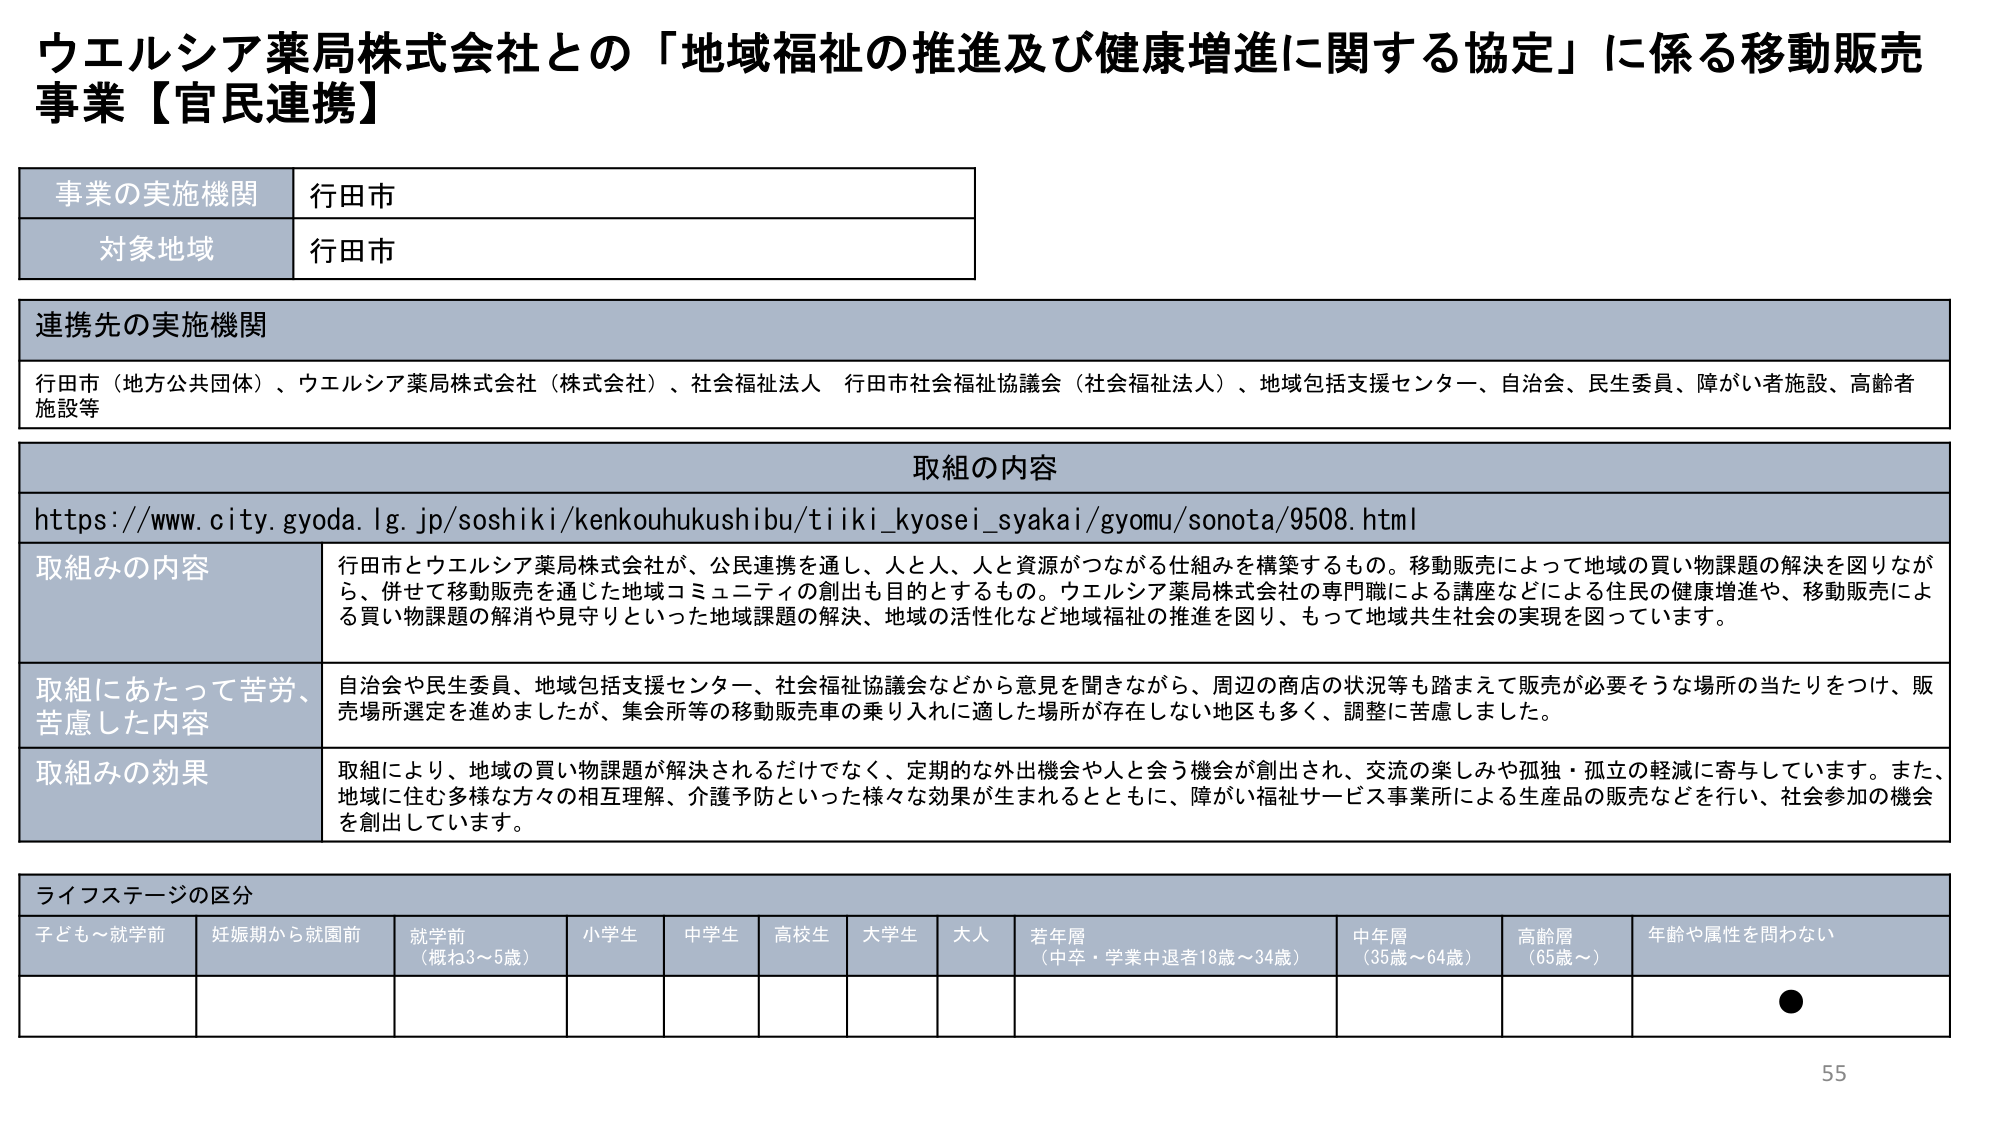
ウエルシア薬局株式会社との「地域福祉の推進及び健康増進に関する協定」に係る移動販売事業【官民連携】

事業の実施機関 行田市
対象地域 行田市

連携先の実施機関
行田市（地方公共団体）、ウエルシア薬局株式会社（株式会社）、社会福祉法人 行田市社会福祉協議会（社会福祉法人）、地域包括支援センター、自治会、民生委員、障がい者施設、高齢者施設等

取組の内容
https://www.city.gyoda.lg.jp/soshiki/kenkouhukushibu/tiiki_kyosei_syakai/gyomu/sonota/9508.html

取組みの内容
行田市とウエルシア薬局株式会社が、公民連携を通し、人と人、人と資源がつながる仕組みを構築するもの。移動販売によって地域の買い物課題の解決を図りながら、併せて移動販売を通じた地域コミュニティの創出も目的とするもの。ウエルシア薬局株式会社の専門職による講座などによる住民の健康増進や、移動販売による買い物課題の解消や見守りといった地域課題の解決、地域の活性化など地域福祉の推進を図り、もって地域共生社会の実現を図っています。

取組にあたって苦労、苦慮した内容
自治会や民生委員、地域包括支援センター、社会福祉協議会などから意見を聞きながら、周辺の商店の状況等も踏まえて販売が必要そうな場所の当たりをつけ、販売場所選定を進めましたが、集会所等の移動販売車の乗り入れに適した場所が存在しない地区も多く、調整に苦慮しました。

取組みの効果
取組により、地域の買い物課題が解決されるだけでなく、定期的な外出機会や人と会う機会が創出され、交流の楽しみや孤独・孤立の軽減に寄与しています。また、地域に住む多様な方々の相互理解、介護予防といった様々な効果が生まれるとともに、障がい福祉サービス事業所による生産品の販売などを行い、社会参加の機会を創出しています。

ライフステージの区分
子ども～就学前 妊娠期から就園前 就学前（概ね3～5歳） 小学生 中学生 高校生 大学生 大人 若年層（中卒・学業中退者18歳～34歳） 中年層（35歳～64歳） 高齢層（65歳～） 年齢や属性を問わない

●

55